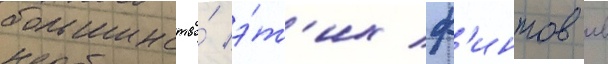
большинство́ э́т'их ф'интов в